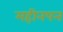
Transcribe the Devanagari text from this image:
महीनपन